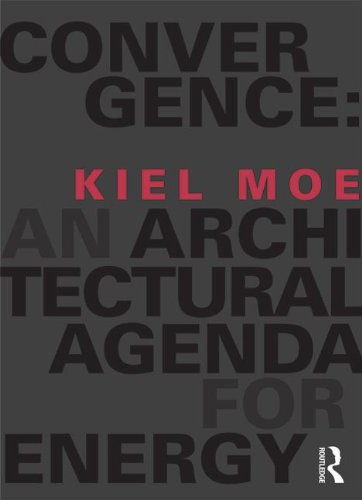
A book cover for Convergence: An Architectural Agenda for Energy; Kiel Moe; Crafts, Hobbies & Home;